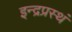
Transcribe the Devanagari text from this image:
इन्द्रप्रस्थं